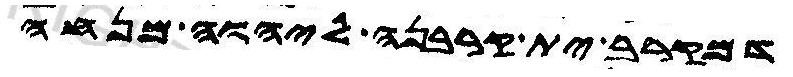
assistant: דמקרב ית קרבנה ליהוה מנחה